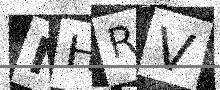
Text: NHRV